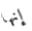
إنها